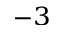
^ { - 3 }